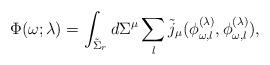
LaTeX: \begin{align*}\Phi(\omega;\lambda)= \int_{\tilde{\Sigma}_r} d\Sigma^\mu \sum_l\tilde{j}_\mu(\phi^{(\lambda)}_{\omega,l},\phi^{(\lambda)}_{\omega,l}),\end{align*}